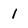
Character: I